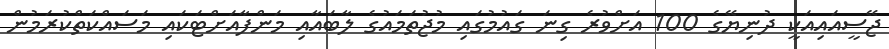
ޖޭސީއައިއަކީ ދުނިޔޭގެ 100 އަށްވުރެ ގިނަ ގައުމުގައި މުޖުތަމައުގެ ލާބައާއި މަންފާއަށްޓަކައި މަސައްކަތްކުރަމުން